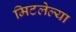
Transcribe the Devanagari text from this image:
मिटलेल्या